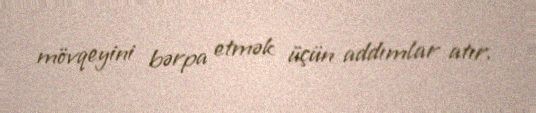
mövqeyini bərpa etmək üçün addımlar atır.